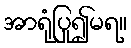
အာရုံပြု၍မရ။